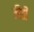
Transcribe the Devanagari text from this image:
कीती